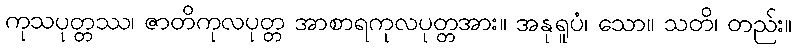
ကုသပုတ္တဿ၊ ဇာတိကုလပုတ္တ အာစာရကုလပုတ္တအား။ အနုရူပံ၊ သော။ သတိ၊ တည်း။